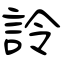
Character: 詅